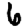
Digit: 6